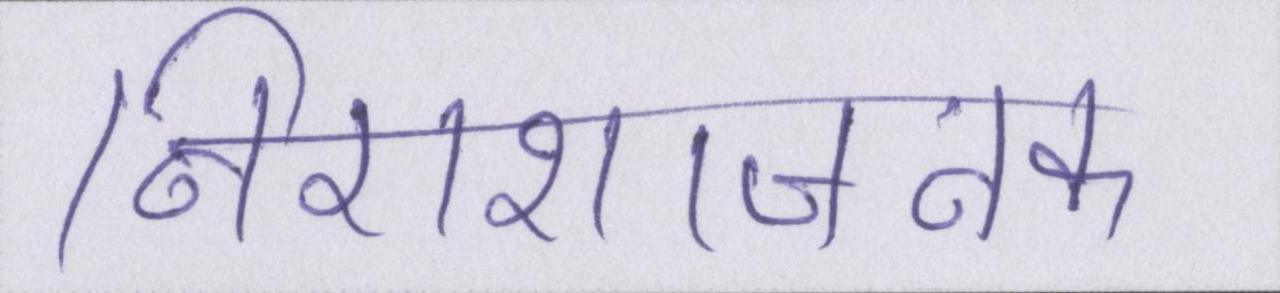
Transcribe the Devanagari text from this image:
निराशाजनक